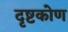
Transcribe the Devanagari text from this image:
दृष्टकोण